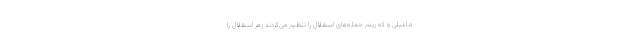
ماعیلی و که ریتم حمله‌های استقلال را تنظیم می‌کردند زهر استقلال را